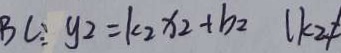
B C : y _ { 2 } = k _ { 2 } x _ { 2 } + b _ { 2 } ( k _ { 2 } \neq